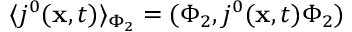
\langle j ^ { 0 } ( { \bf x } , t ) \rangle _ { \Phi _ { 2 } } = ( \Phi _ { 2 } , j ^ { 0 } ( { \bf x } , t ) \Phi _ { 2 } )